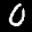
Label: 0